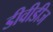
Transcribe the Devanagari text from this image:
डीवीडीज